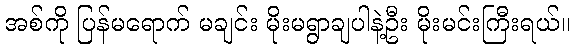
အစ်ကို ပြန်မရောက် မချင်း မိုးမရွာချပါနဲ့ဦး မိုးမင်းကြီးရယ်။